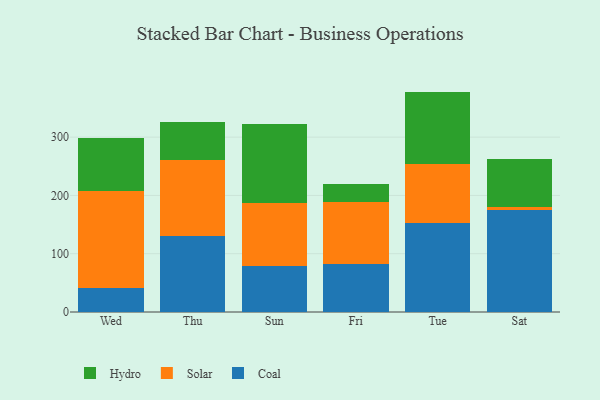
{"axis": {"x": "Day", "y": "Bounce Rate (%)"}, "legend": ["Coal", "Hydro", "Solar"], "data": [{"x": "Wed", "y": 40.9, "type": "Coal"}, {"x": "Wed", "y": 166.3, "type": "Solar"}, {"x": "Wed", "y": 90.5, "type": "Hydro"}, {"x": "Thu", "y": 130.9, "type": "Coal"}, {"x": "Thu", "y": 129.4, "type": "Solar"}, {"x": "Thu", "y": 65.4, "type": "Hydro"}, {"x": "Sun", "y": 79.6, "type": "Coal"}, {"x": "Sun", "y": 107.0, "type": "Solar"}, {"x": "Sun", "y": 135.7, "type": "Hydro"}, {"x": "Fri", "y": 81.6, "type": "Coal"}, {"x": "Fri", "y": 107.8, "type": "Solar"}, {"x": "Fri", "y": 30.6, "type": "Hydro"}, {"x": "Tue", "y": 152.1, "type": "Coal"}, {"x": "Tue", "y": 101.3, "type": "Solar"}, {"x": "Tue", "y": 124.7, "type": "Hydro"}, {"x": "Sat", "y": 174.2, "type": "Coal"}, {"x": "Sat", "y": 6.7, "type": "Solar"}, {"x": "Sat", "y": 80.9, "type": "Hydro"}]}